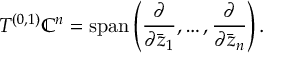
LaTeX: T ^ { ( 0 , 1 ) } \mathbb { C } ^ { n } = \operatorname { s p a n } \left( { \frac { \partial } { \partial { \bar { z } } _ { 1 } } } , \dots , { \frac { \partial } { \partial { \bar { z } } _ { n } } } \right) .